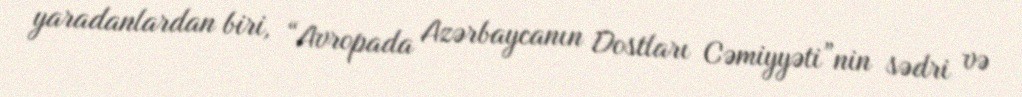
yaradanlardan biri, “Avropada Azərbaycanın Dostları Cəmiyyəti”nin sədri və